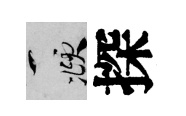
頫探